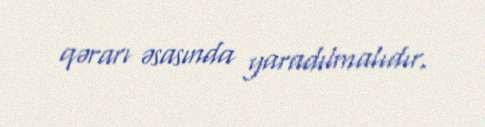
qərarı əsasında yaradılmalıdır.